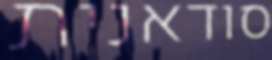
סודאנית